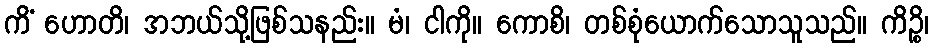
ကိံ ဟောတိ၊ အဘယ်သို့ဖြစ်သနည်း။ မံ၊ ငါကို။ ကောစိ၊ တစ်စုံယောက်သောသူသည်။ ကိဉ္စိ၊